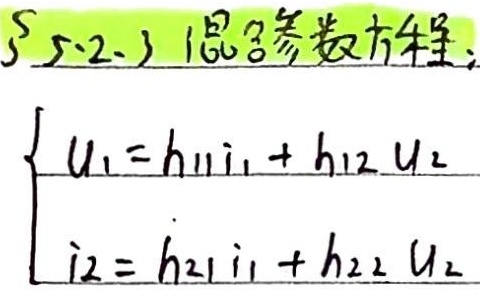
§5.2.3 混合参数方程：
\[
\begin{cases}
u_1 = h_{11}i_1 + h_{12}u_2\\
i_2 = h_{21}i_1 + h_{22}u_2
\end{cases}
\]